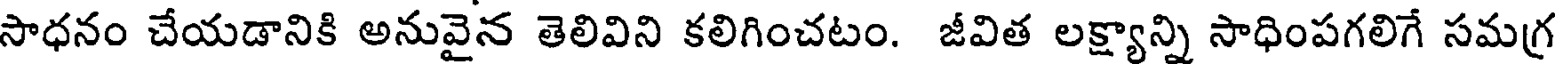
సాధనం చేయడానికి అనువైన తెలివిని కలిగించటం. జీవిత లక్ష్యాన్ని సాధింపగలిగే సమగ్ర